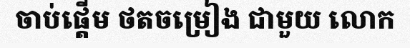
ចាប់ផ្តើម ថតចម្រៀង ជាមួយ លោក